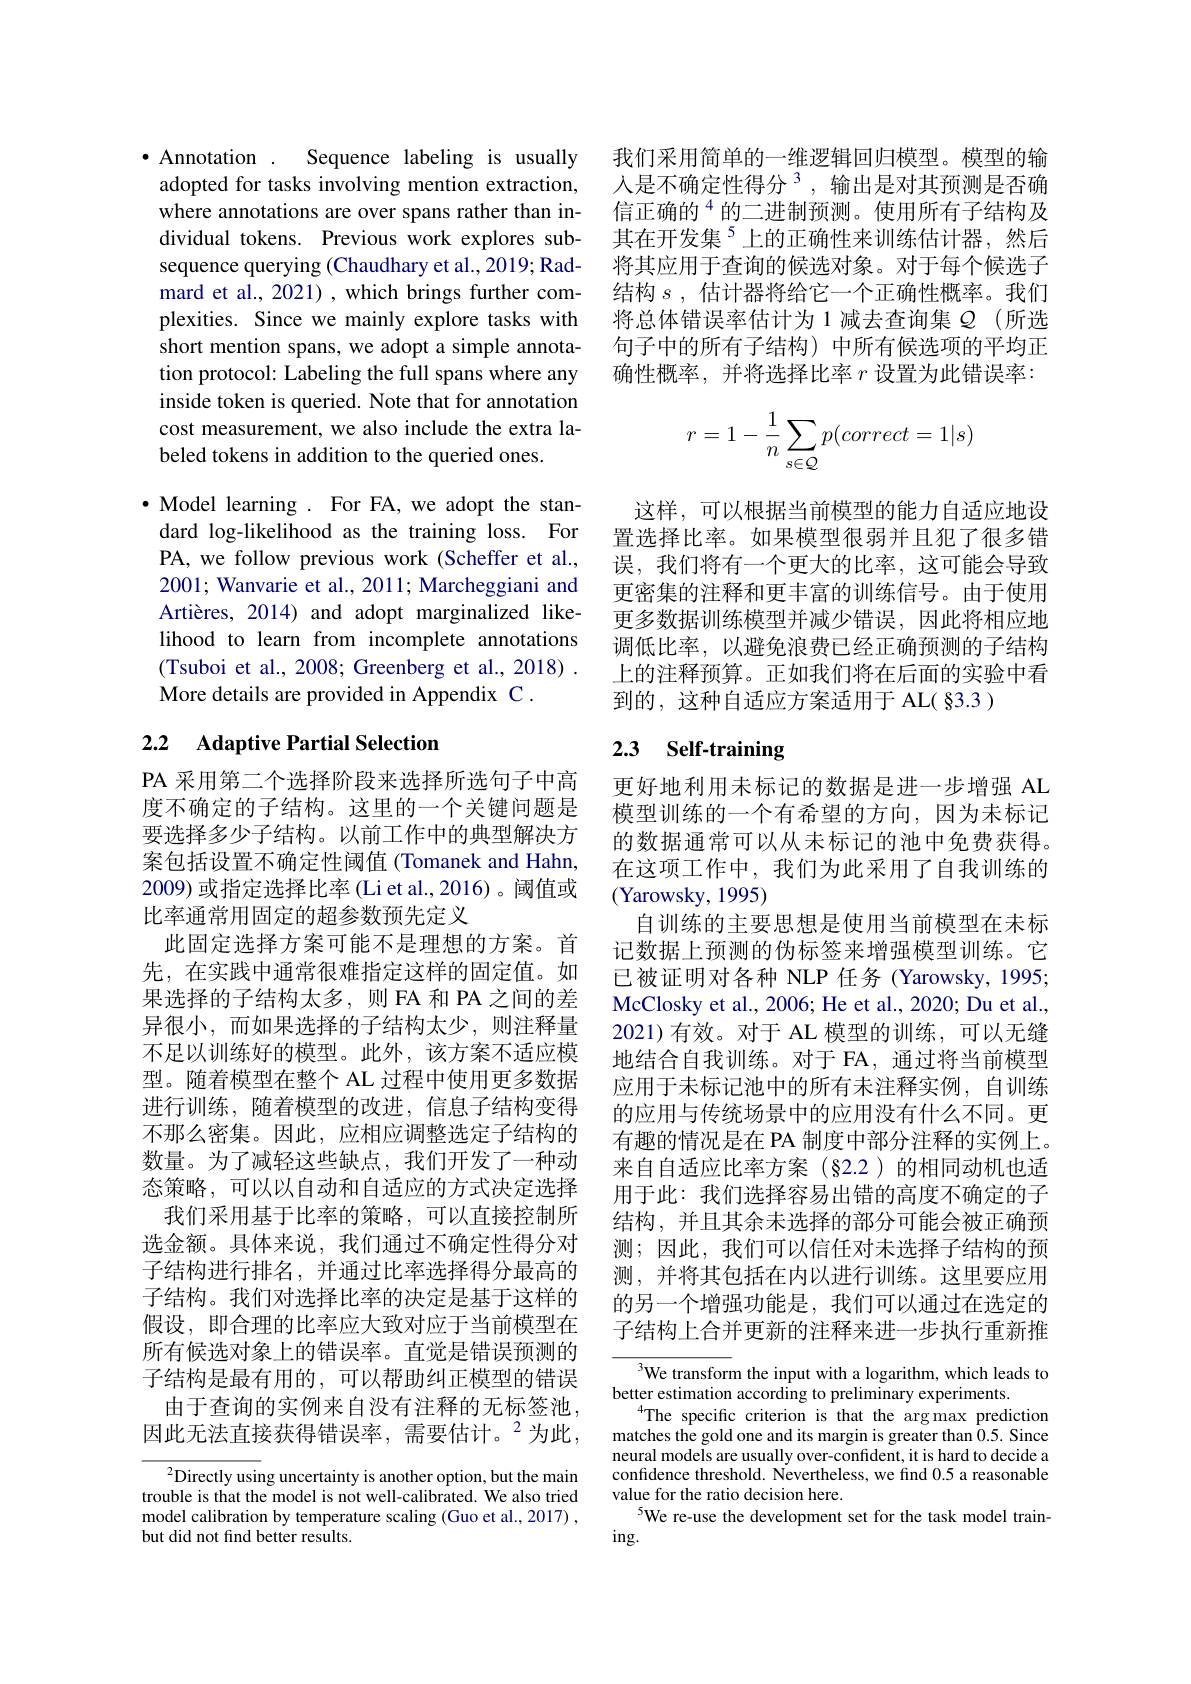
$\bullet$ Annotation . Sequence labeling is usually
adopted for tasks involving mention extraction, where annotations are over spans rather than individual tokens. Previous work explores subsequence querying (Chaudhary et al., 2019; Radmard et al., 2021) , which brings further complexities. Since we mainly explore tasks with short mention spans, we adopt a simple annotation protocol: Labeling the full spans where any inside token is queried. Note that for annotation cost measurement, we also include the extra labeled tokens in addition to the queried ones.

$\bullet$ Model learning . For FA, we adopt the standard log-likelihood as the training loss. For PA, we follow previous work (Scheffer et al., 2001; Wanvarie et al., 2011; Marcheggiani and Artières, 2014) and adopt marginalized likelihood to learn from incomplete annotations (Tsuboi et al., 2008; Greenberg et al., 2018) . More details are provided in Appendix C .

## 2.2 Adaptive Partial Selection

PA 采用第二个选择阶段来选择所选句子中高度不确定的子结构。这里的一个关键问题是要选择多少子结构。以前工作中的典型解决方案包括设置不确定性阈值(Tomanek and Hahn, 2009)或指定选择比率 (Li et al., 2016)。阈值或比率通常用固定的超参数预先定义
此固定选择方案可能不是理想的方案。首先，在实践中通常很难指定这样的固定值。如果选择的子结构太多，则 FA 和 PA 之间的差异很小，而如果选择的子结构太少，则注释量不足以训练好的模型。此外，该方案不适应模型。随着模型在整个 AL 过程中使用更多数据进行训练，随着模型的改进，信息子结构变得不那么密集。因此，应相应调整选定子结构的数量。为了减轻这些缺点，我们开发了一种动态策略，可以以自动和自适应的方式决定选择
我们采用基于比率的策略，可以直接控制所选金额。具体来说，我们通过不确定性得分对子结构进行排名，并通过比率选择得分最高的子结构。我们对选择比率的决定是基于这样的假设，即合理的比率应大致对应于当前模型在所有候选对象上的错误率。直觉是错误预测的子结构是最有用的，可以帮助纠正模型的错误由于查询的实例来自没有注释的无标签池，
因此无法直接获得错误率，需要估计。$^2$为此，
$^{2}$Directly using uncertainty is another option, but the main

trouble is that the model is not well-calibrated. We also tried model calibration by temperature scaling (Guo et al., 2017) , but did not find better results.

我们采用简单的一维逻辑回归模型。模型的输人是不确定性得分$^3$,输出是对其预测是否确信正确的$^{4}$的二进制预测。使用所有子结构及其在开发集$^{5}$上的正确性来训练估计器，然后将其应用于查询的候选对象。对于每个候选子结构$s$,估计器将给它一个正确性概率。我们将总体错误率估计为 1 减去查询集$Q$ (所选句子中的所有子结构)中所有候选项的平均正确性概率，并将选择比率$r$设置为此错误率：
$$r=1-\dfrac{1}{n}\sum_{s\in\mathcal{Q}}p(correct=1|s)$$
这样，可以根据当前模型的能力自适应地设置选择比率。如果模型很弱并且犯了很多错误，我们将有一个更大的比率，这可能会导致更密集的注释和更丰富的训练信号。由于使用更多数据训练模型并减少错误，因此将相应地调低比率，以避免浪费已经正确预测的子结构上的注释预算。正如我们将在后面的实验中看到的，这种自适应方案适用于 AL( §3.3 )

# 2.3 Self-training

更好地利用未标记的数据是进一步增强 AL 模型训练的一个有希望的方向，因为未标记的数据通常可以从未标记的池中免费获得。在这项工作中，我们为此采用了自我训练的(Yarowsky,1995)
自训练的主要思想是使用当前模型在未标记数据上预测的伪标签来增强模型训练。它已被证明对各种 NLP 任务 (Yarowsky, 1995; McClosky et al., 2006; He et al., 2020; Du et al., 2021)有效。对于 AL 模型的训练，可以无缝地结合自我训练。对于 FA, 通过将当前模型应用于未标记池中的所有未注释实例，自训练的应用与传统场景中的应用没有什么不同。更有趣的情况是在 PA 制度中部分注释的实例上。来自自适应比率方案(§2.2)的相同动机也适用于此：我们选择容易出错的高度不确定的子结构，并且其余未选择的部分可能会被正确预测；因此，我们可以信任对未选择子结构的预测，并将其包括在内以进行训练。这里要应用的另一个增强功能是，我们可以通过在选定的子结构上合并更新的注释来进一步执行重新推

We transform the input with a logarithm, which leads to
better estimation according to preliminary experiments.
The specific criterion is that the argmax prediction matches the gold one and its margin is greater than 0.5. Since neural models are usually over-confident, it is hard to decide a confidence threshold. Nevertheless, we find 0.5 a reasonable value for the ratio decision here
5We re-use the development set for the task model train-
$ing.$